V__Kingissepa_nim__kolhoos, lk 44
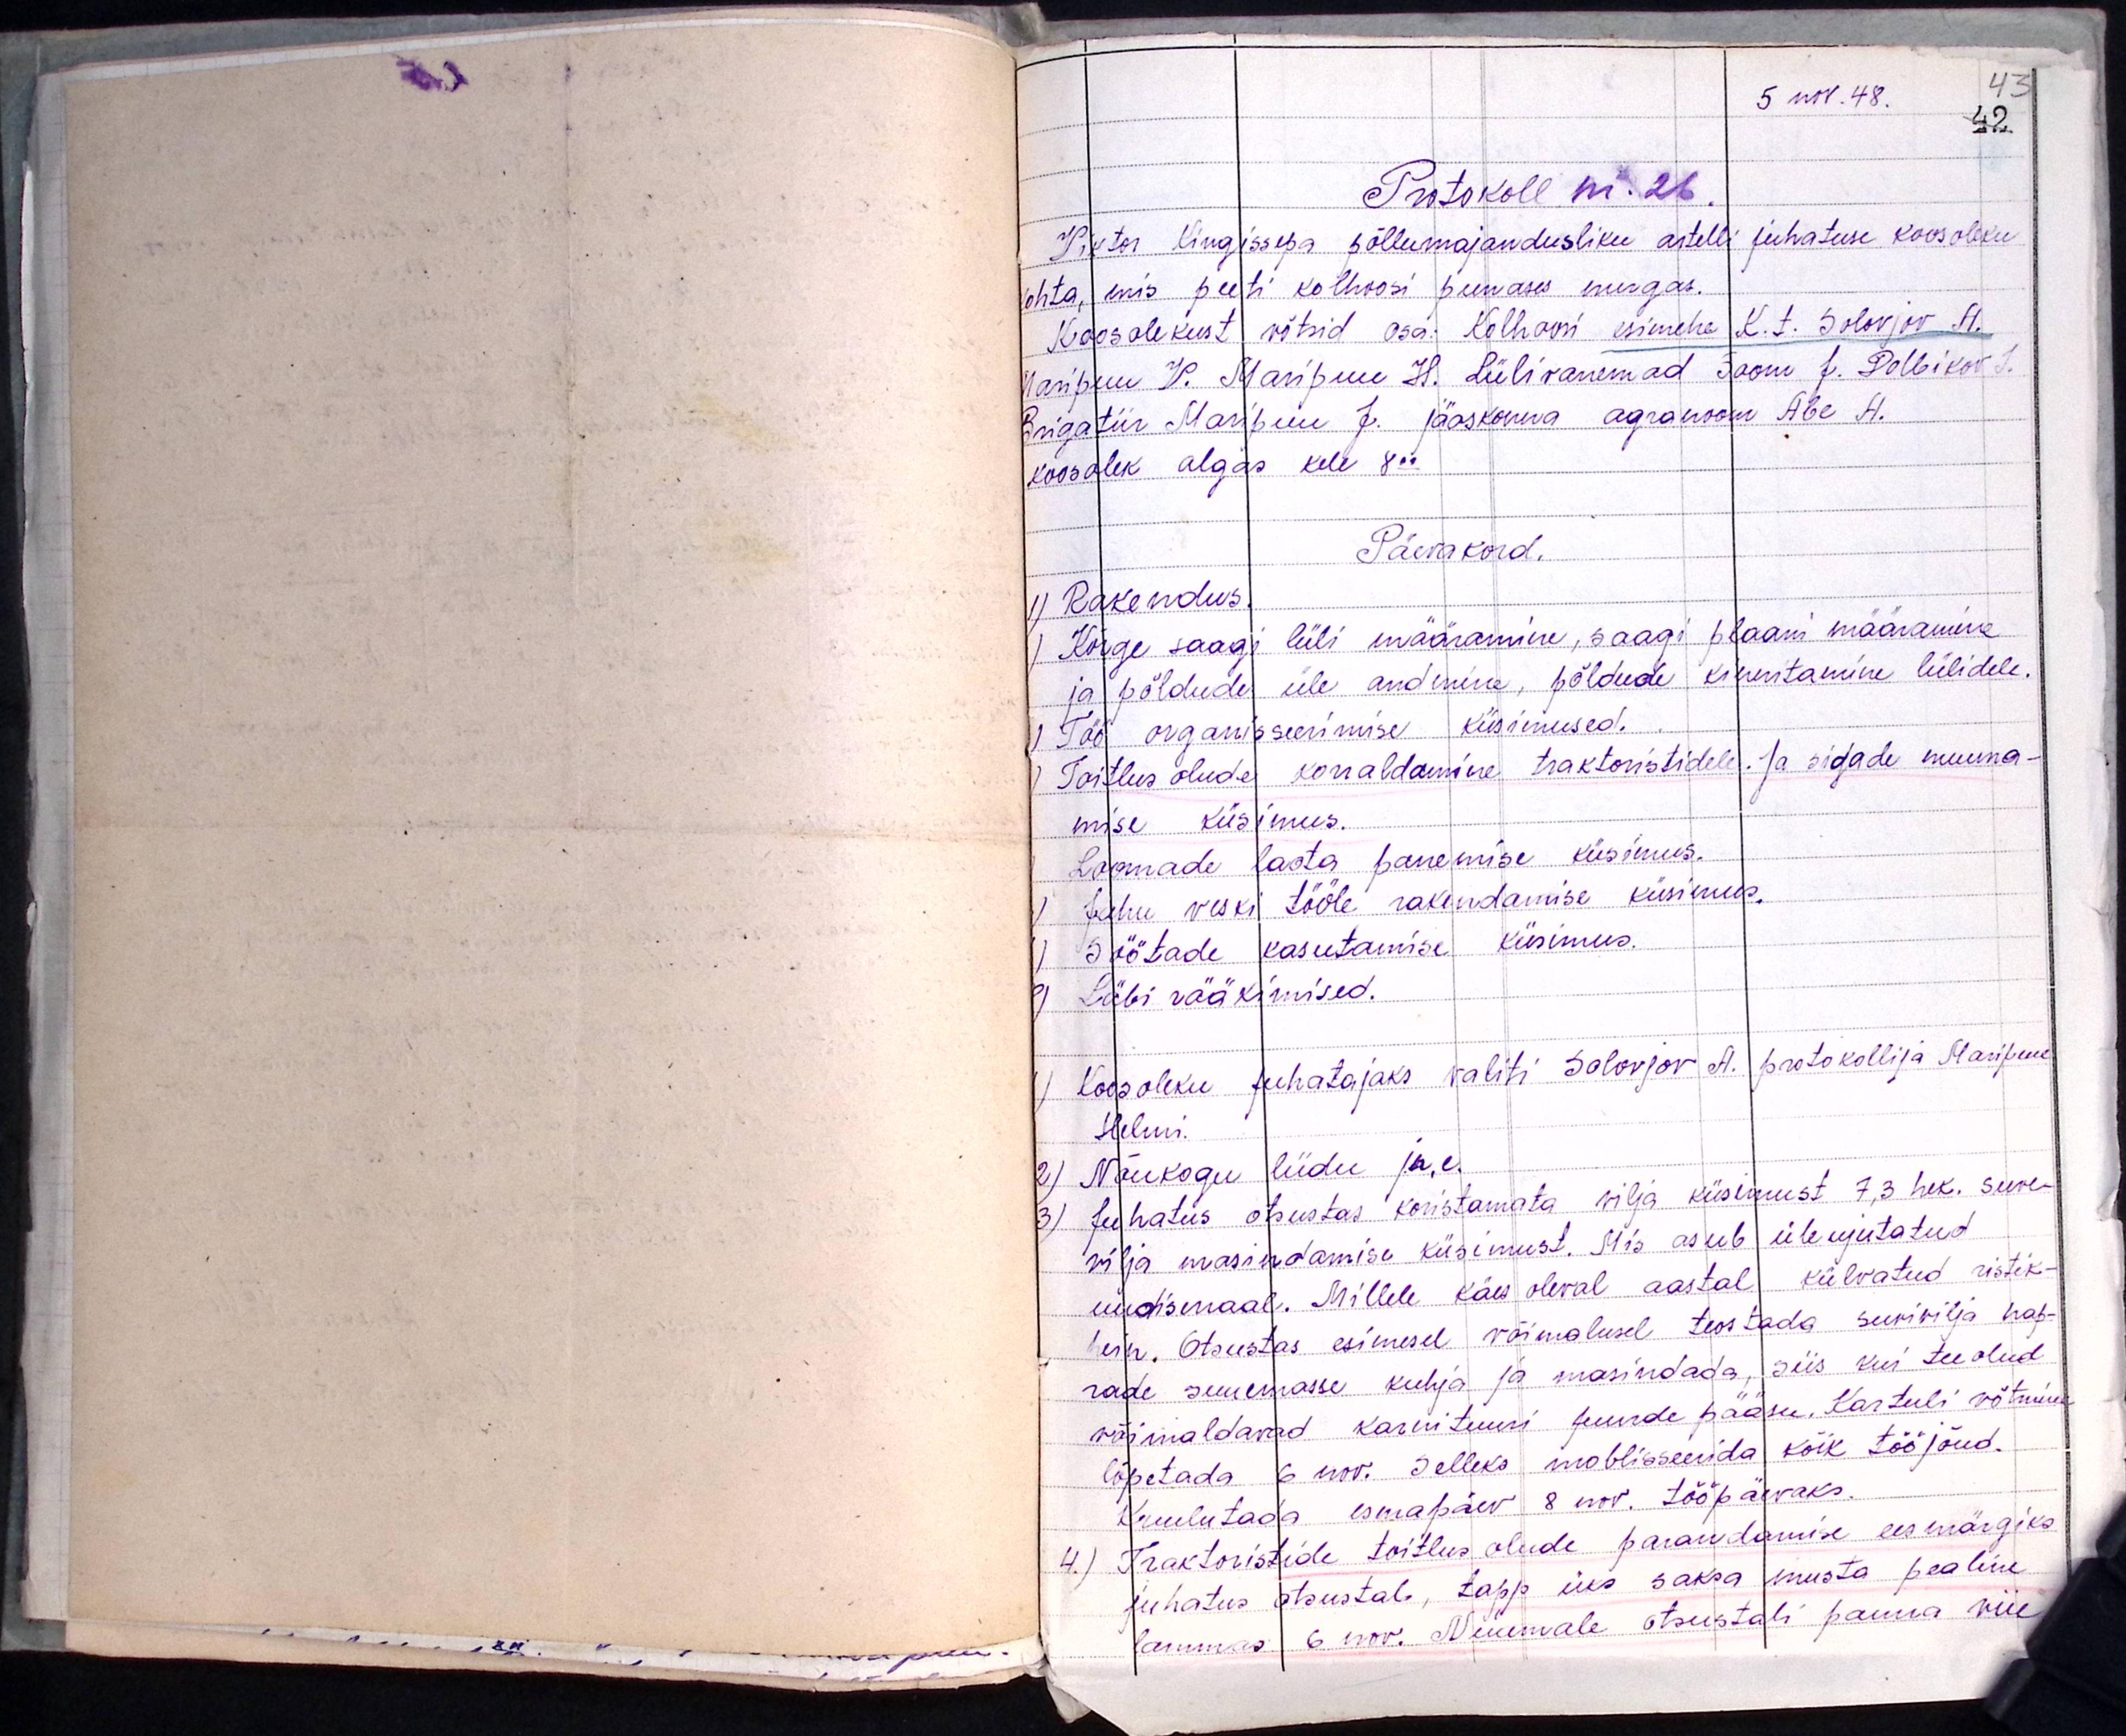
5 nov. 48.
Protokoll nr. 26
Viktor Kingissepa põllumajandusliku artelli juhatuse koosoleku
kohta, mis peeti kolhoosi punases nurgas
Koosolekust võtsid osa. Kolhoosi esimehe K. t. Solovjov H.
Maripuu V. Maripuu H. Lülivanemad Soom J. Dolbikov J.
Brigatiir Maribuu J. Jäoskonna agronoom Abe A.
koosolek algas kell 8.00
Päevakord.
1) Rakendus.
Kõige saagi lüli määramine, saagi plaani määramine
ja põldude üle andmine, põldude kinnitamine lülidele.
Töö organisseerimise küsimused.
Toitlus olude korraldamine traktoristidele. Ja sigade nuuma
mise küsimus.
Loomade laota panemise küsimus.
Jahu veski tööle rakendamise küsimus.
Söötade kasutamise küsimus.
Läbi rääkimised.
1) koosoleku juhatajaks waliti Solovjov A. protokollija Maripuu
Helmi.
2) Nõukogu liidu jn.e.
3) Juhatus otsustas koristamata vilja küsimust 7,3 hek. suve-
vilja masindamise küsimust. Mis asub üleujutatud
uudismaal. Millele käes oleval aastal külvatud ristik-
hein. Otsustas esimesel võimalusel teostada suvivilja hap-
rade suuremasse kuhja ja masindada, siis kui teeolud
võimaldavad karnituuri juurde pääsu. Kartuli võtmine
lõpetada 6 nov. Selleks mobilisseerida kõik tööjõud.
Kuulutada esmapäev 8 nov. tööpäevaks.
4.) Traktoristide toitlusolude parandamise eesmärgiks
juhatus otsustab, tapp üks saksa musta pealine
lammas 6 nov. Nuumale otsustati panna viie